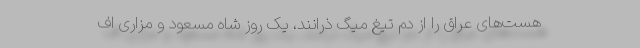
هست‌های عراق را از دم تیغ میگ ذرانند، یک روز شاه مسعود و مزاری اف